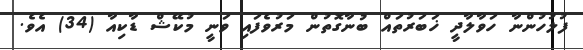
ފުލުހުންނާ ހަވާލާދީ ޚަބަރުތައް ބުނާގޮތުން މަރުވެފައި ވަނީ މުކޭޝް ޑާކިއާ (34) އެވެ.